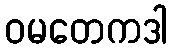
ဝမတေကဒါ